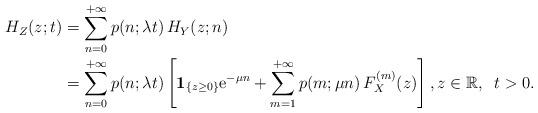
LaTeX: \begin{align*} H_Z(z;t) &= \sum_{n=0}^{+\infty} p(n;\lambda t)\,H_Y(z;n) \\ &=\sum_{n=0}^{+\infty} p(n;\lambda t) \left[ {\bf 1}_{\{z\geq 0\}}{\rm e}^{-\mu n} +\sum_{m=1}^{+\infty} p(m;\mu n)\,F^{(m)}_X(z) \right], z\in\mathbb{R}, \;\; t>0.\end{align*}